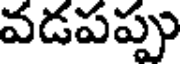
వడపప్పు